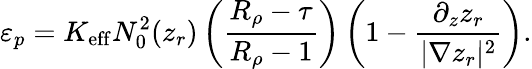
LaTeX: \varepsilon_{p}=K_{\mathrm{eff}}N_{0}^{2}(z_{r})\left(\frac{R_{\rho}-\tau}{R_{\rho}-1}\right)\left(1-\frac{\partial_{z}z_{r}}{|\nabla z_{r}|^{2}}\right).